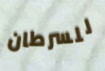
للسرطان